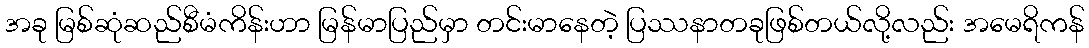
အခု မြစ်ဆုံဆည်စီမံကိန်းဟာ မြန်မာပြည်မှာ တင်းမာနေတဲ့ ပြဿနာတခုဖြစ်တယ်လို့လည်း အမေရိကန်